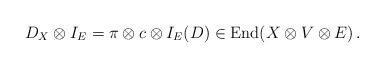
LaTeX: \begin{align*} D_X\otimes I_E=\pi\otimes c\otimes I_E (D) \in \mathrm{End}(X\otimes V \otimes E) \,.\end{align*}